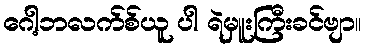
ဂေါ့ဘလက်စ်ယူ ပါ ရဲမှူးကြီးခင်ဗျာ။